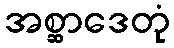
အစ္ဆာဒေတုံ